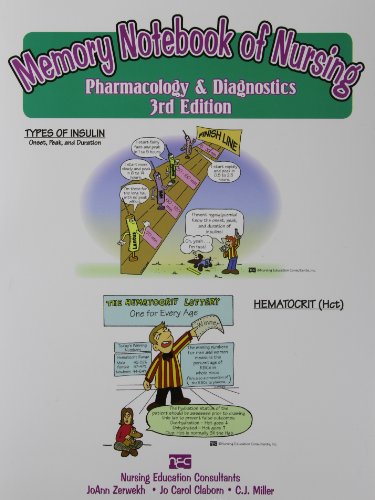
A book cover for Memory Notebook of Nursing: Pharmacology & Diagnostics; JoAnn Zerwekh; Medical Books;